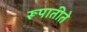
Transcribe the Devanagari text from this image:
रूपातीते